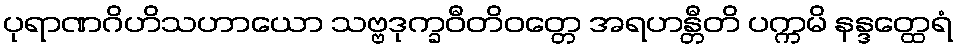
ပုရာဏဂိဟိသဟာယော သဗ္ဗဒုက္ခဝီတိဝတ္တေ အရဟန္တီတိ ပက္ကမိ နန္ဒတ္ထေရံ